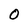
Character: O